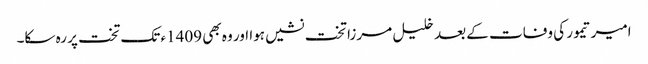
امیر تیمور کی وفات کے بعد خلیل مرزا تخت نشیں ہوا اور وہ بھی 1409ء تک تخت پر رہ سکا۔